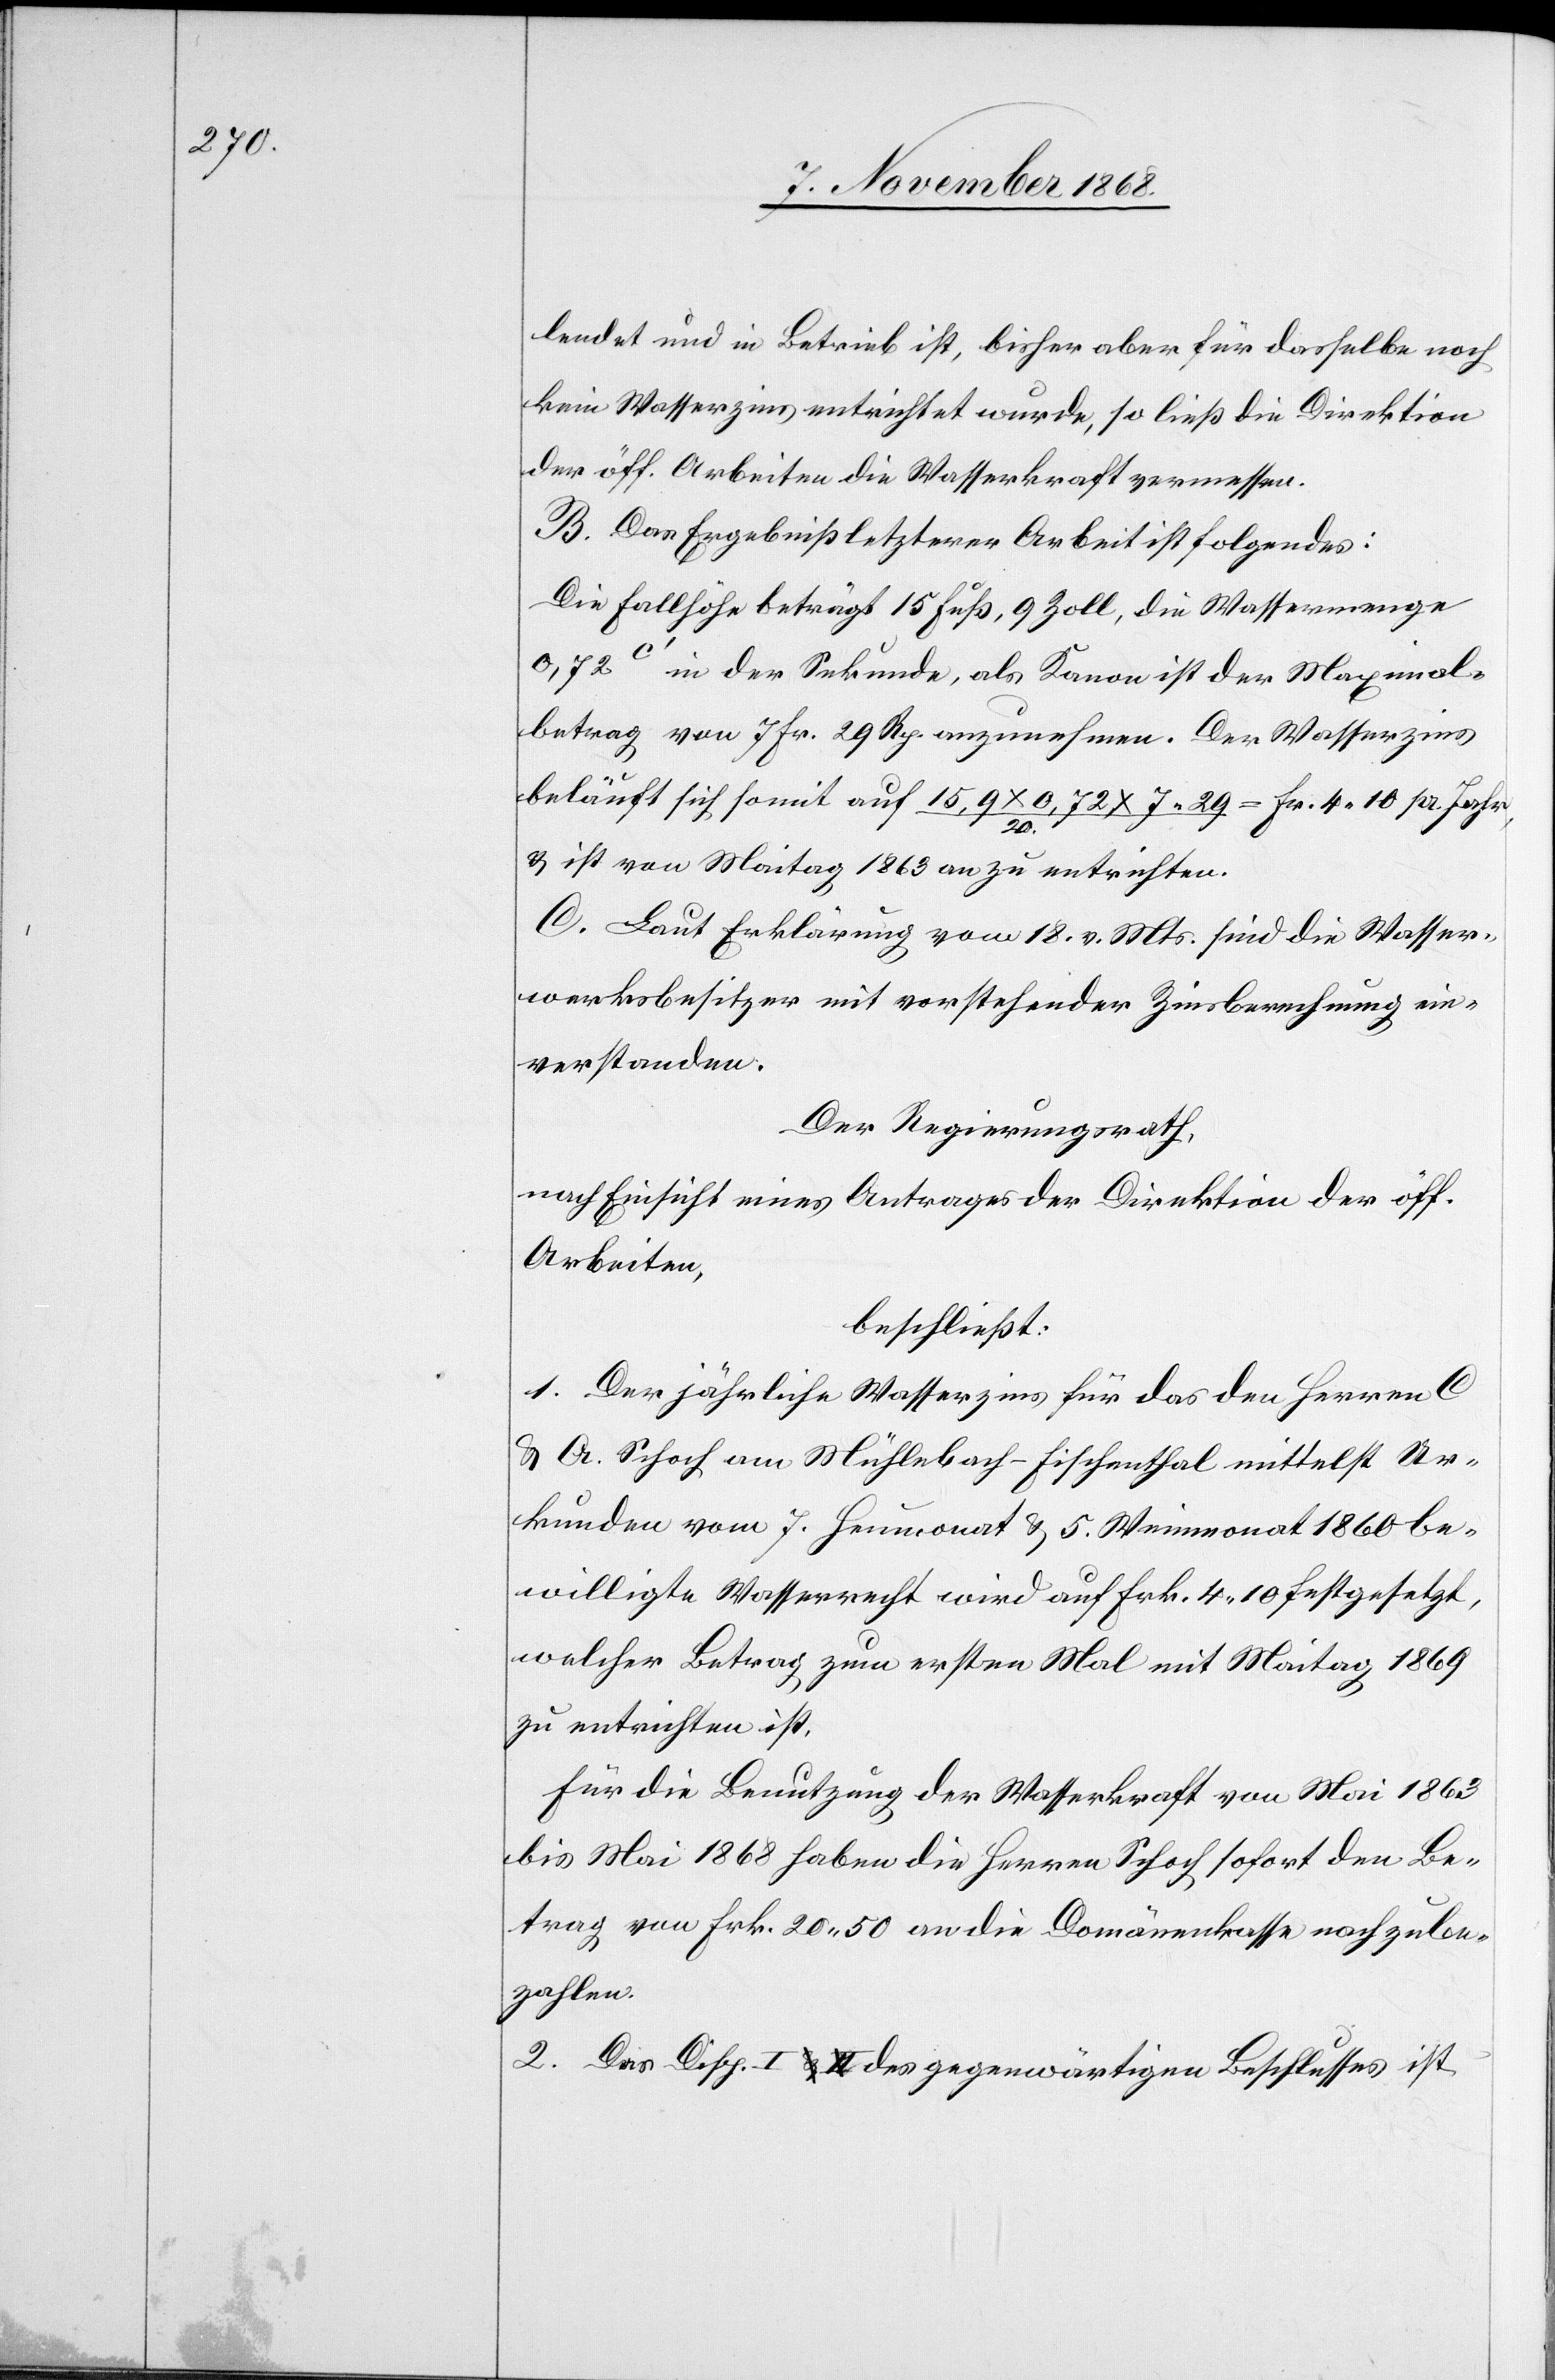
lendet und in Betrieb ist, bisher aber für dasselbe noch
kein Wasserzins entrichtet wurde, so ließ die Direktion
der öff. Arbeiten die Wasserkraft vermessen.
B. Das Ergebniß letzterer Arbeit ist folgendes:
Die Fallhöhe beträgt 15 Fuß, 9 Zoll, die Wassermenge
0,72c‘ in der Sekunde, als Kanon ist der Maximal¬
betrag von 7 Fr. 29 Rp. anzunehmen. Der Wasserzins
beläuft sich somit auf 15,9 x 0,72 x 7.29 / 20. = Fr. 4.10 pr. Jahr,
& ist von Maitag 1863 an zu entrichten.
C. Laut Erklärung vom 18. v. Mts. sind die Wasser¬
werksbesitzer mit vorstehender Zinsberechnung ein¬
verstanden.
Der Regierungsrath,
nach Einsicht eines Antrages der Direktion der öff.
Arbeiten,
beschließt:
1. Der jährliche Wasserzins für das den Herren C
& A. Schoch am Mühlebach - Fischenthal mittelst Ur¬
kunden vom 7. Heumonat & 5. Weinmonat 1860 be¬
willigte Wasserrecht wird auf Frk. 4.10 festgesetzt,
welcher Betrag zum ersten Mal mit Maitag 1869
zu entrichten ist.
Für die Benutzung der Wasserkraft von Mai 1863
bis Mai 1868 haben die Herren Schoch sofort den Be¬
trag von Frk. 20.50 an die Domänenkasse nachzube¬
zahlen.
2. Das Disp. I a-& II-a des gegenwärtigen Beschlusses ist